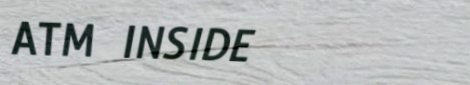
ATM INSIDE